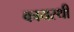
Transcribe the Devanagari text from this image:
कायस्थी